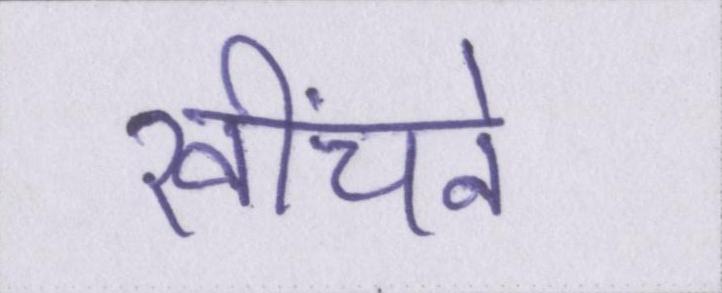
खींचने